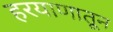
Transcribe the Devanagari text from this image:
हरयाणातून